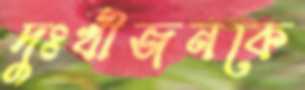
দুঃখীজনকে